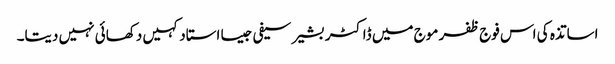
اساتذہ کی اس فوج ظفر موج میں ڈاکٹر بشیر سیفی جیسا استاد کہیں دکھائی نہیں دیتا۔